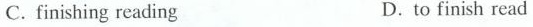
C.finishing reading D.to finish read